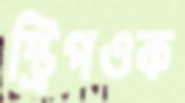
স্ট্রিপওক